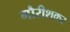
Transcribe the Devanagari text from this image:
गौरीशकर